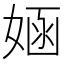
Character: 𫱂